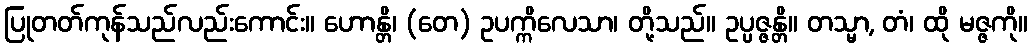
ပြုတတ်ကုန်သည်လည်းကောင်း။ ဟောန္တိ၊ (တေ) ဥပက္ကိလေသာ၊ တို့သည်။ ဥပ္ပဇ္ဇန္တိ။ တသ္မာ, တံ၊ ထို မဇ္ဇကို။